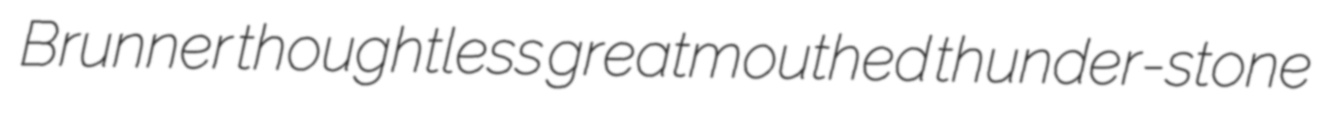
Brunner thoughtless greatmouthed thunder-stone